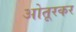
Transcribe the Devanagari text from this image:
ओतूरकर